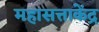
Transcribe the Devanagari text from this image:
महासत्ताकेंद्र